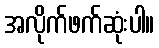
အလိုက်ဖက်ဆုံးပါ။